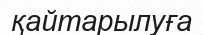
қайтарылуға